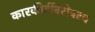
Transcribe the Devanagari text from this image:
कारकीर्दीबरोबरच